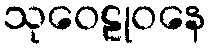
သုဝေဠုဝနေ